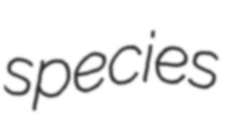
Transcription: species